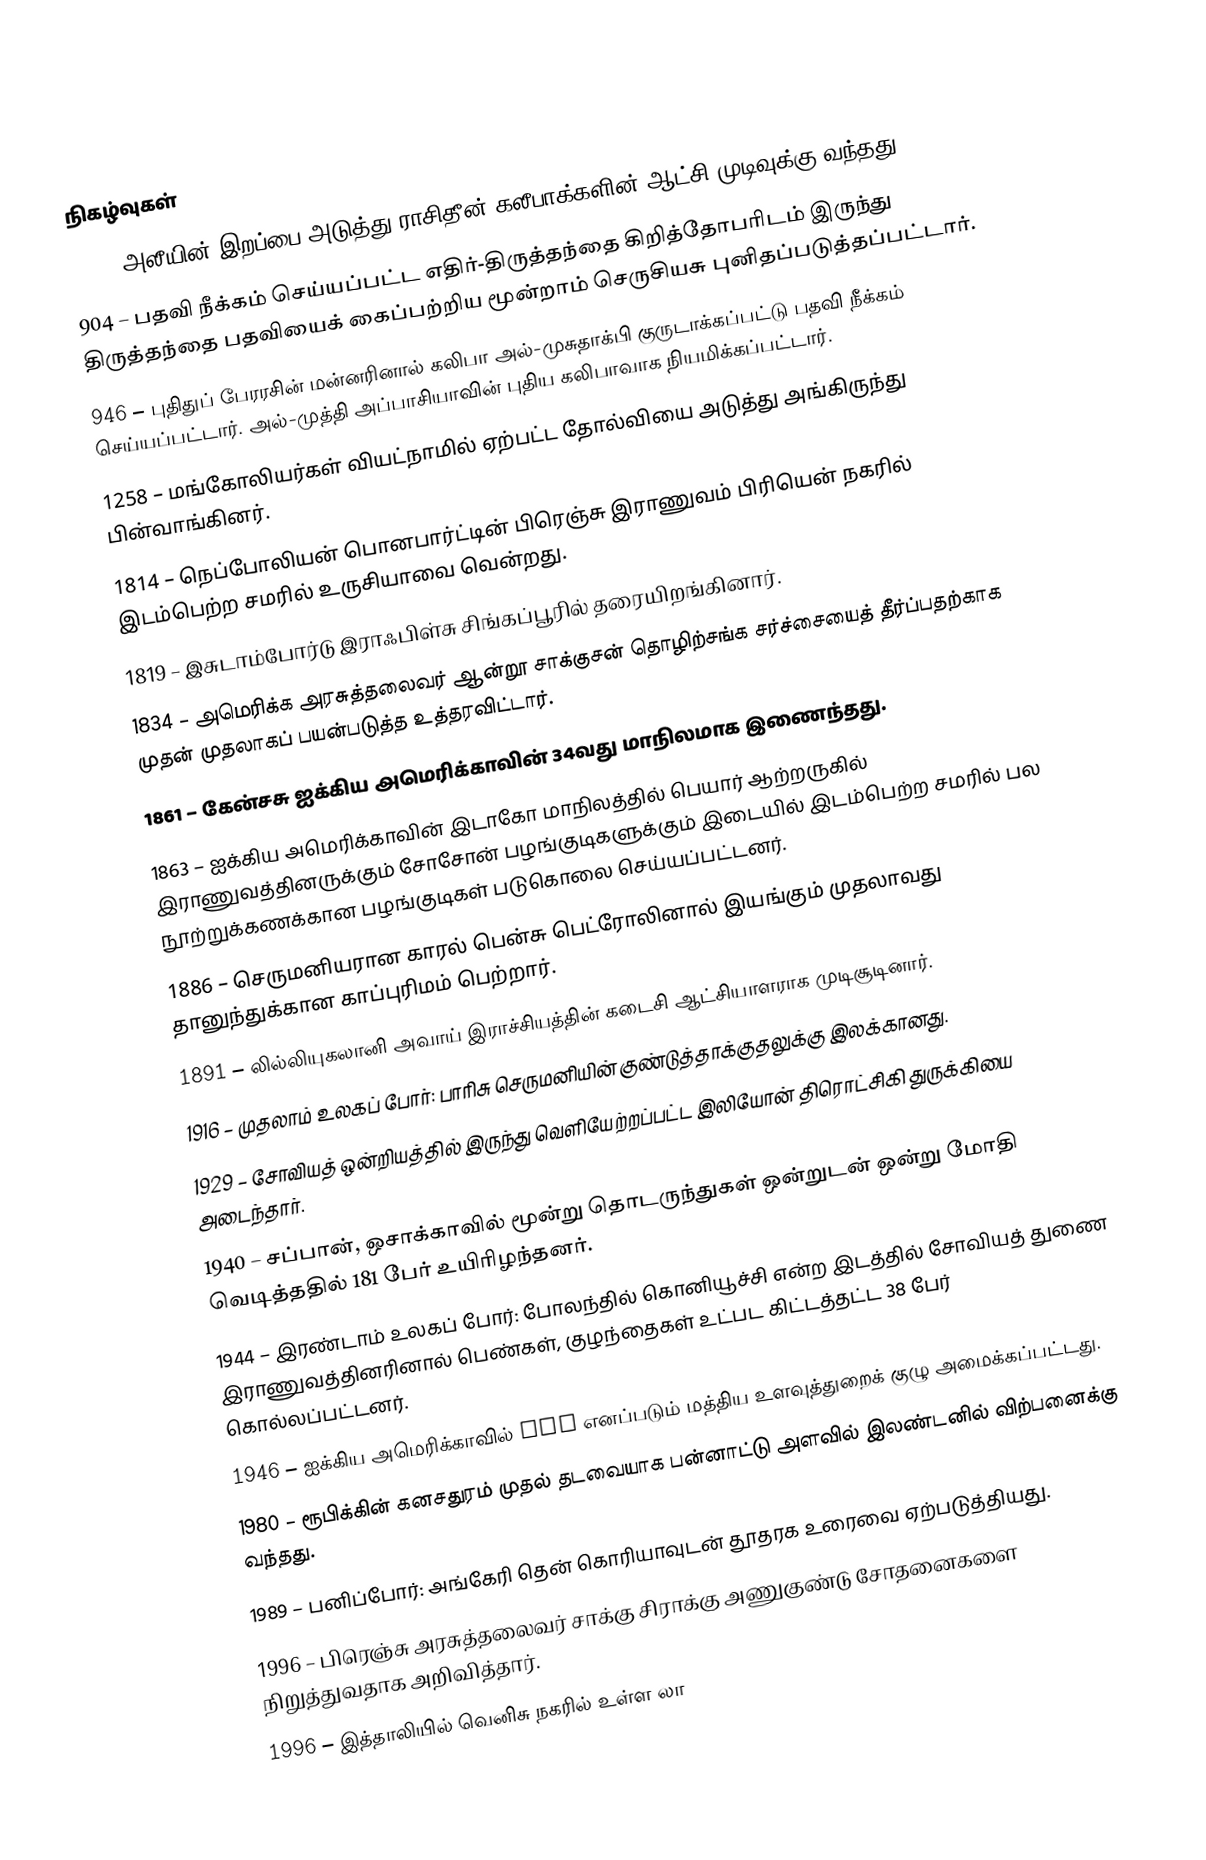

நிகழ்வுகள்
 661 – அலீயின் இறப்பை அடுத்து ராசிதீன் கலீபாக்களின் ஆட்சி முடிவுக்கு வந்தது.
 904 – பதவி நீக்கம் செய்யப்பட்ட எதிர்-திருத்தந்தை கிறித்தோபரிடம் இருந்து திருத்தந்தை பதவியைக் கைப்பற்றிய மூன்றாம் செருசியசு புனிதப்படுத்தப்பட்டார்.
 946 – புதிதுப் பேரரசின் மன்னரினால் கலிபா அல்-முசுதாக்பி குருடாக்கப்பட்டு பதவி நீக்கம் செய்யப்பட்டார். அல்-முத்தி அப்பாசியாவின் புதிய கலிபாவாக நியமிக்கப்பட்டார்.
1258 – மங்கோலியர்கள் வியட்நாமில் ஏற்பட்ட தோல்வியை அடுத்து அங்கிருந்து பின்வாங்கினர்.
1814 – நெப்போலியன் பொனபார்ட்டின் பிரெஞ்சு இராணுவம் பிரியென் நகரில் இடம்பெற்ற சமரில் உருசியாவை வென்றது.
1819 – இசுடாம்போர்டு இராஃபிள்சு சிங்கப்பூரில் தரையிறங்கினார்.
1834 – அமெரிக்க அரசுத்தலைவர் ஆன்றூ சாக்குசன் தொழிற்சங்க சர்ச்சையைத் தீர்ப்பதற்காக முதன் முதலாகப் பயன்படுத்த உத்தரவிட்டார்.
1861 – கேன்சசு ஐக்கிய அமெரிக்காவின் 34வது மாநிலமாக இணைந்தது.
1863 – ஐக்கிய அமெரிக்காவின் இடாகோ மாநிலத்தில் பெயார் ஆற்றருகில் இராணுவத்தினருக்கும் சோசோன் பழங்குடிகளுக்கும் இடையில் இடம்பெற்ற சமரில் பல நூற்றுக்கணக்கான பழங்குடிகள் படுகொலை செய்யப்பட்டனர்.
1886 – செருமனியரான காரல் பென்சு பெட்ரோலினால் இயங்கும் முதலாவது தானுந்துக்கான காப்புரிமம் பெற்றார்.
1891 – லில்லியுகலானி அவாய் இராச்சியத்தின் கடைசி ஆட்சியாளராக முடிசூடினார்.
1916 – முதலாம் உலகப் போர்: பாரிசு செருமனியின் குண்டுத்தாக்குதலுக்கு இலக்கானது.
1929 – சோவியத் ஒன்றியத்தில் இருந்து வெளியேற்றப்பட்ட இலியோன் திரொட்சிகி துருக்கியை அடைந்தார்.
1940 – சப்பான், ஒசாக்காவில் மூன்று தொடருந்துகள் ஒன்றுடன் ஒன்று மோதி வெடித்ததில் 181 பேர் உயிரிழந்தனர்.
1944 – இரண்டாம் உலகப் போர்: போலந்தில் கொனியூச்சி என்ற இடத்தில் சோவியத் துணை இராணுவத்தினரினால் பெண்கள், குழந்தைகள் உட்பட கிட்டத்தட்ட 38 பேர் கொல்லப்பட்டனர்.
1946 – ஐக்கிய அமெரிக்காவில் CIG எனப்படும் மத்திய உளவுத்துறைக் குழு அமைக்கப்பட்டது.
1980 – ரூபிக்கின் கனசதுரம் முதல் தடவையாக பன்னாட்டு அளவில் இலண்டனில் விற்பனைக்கு வந்தது.
1989 – பனிப்போர்: அங்கேரி தென் கொரியாவுடன் தூதரக உரைவை ஏற்படுத்தியது.
1996 – பிரெஞ்சு அரசுத்தலைவர் சாக்கு சிராக்கு அணுகுண்டு சோதனைகளை நிறுத்துவதாக அறிவித்தார்.
1996 – இத்தாலியில் வெனிசு நகரில் உள்ள லா